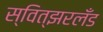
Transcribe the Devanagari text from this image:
स्वित्झरलँड